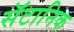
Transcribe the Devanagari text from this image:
सॅटानिक